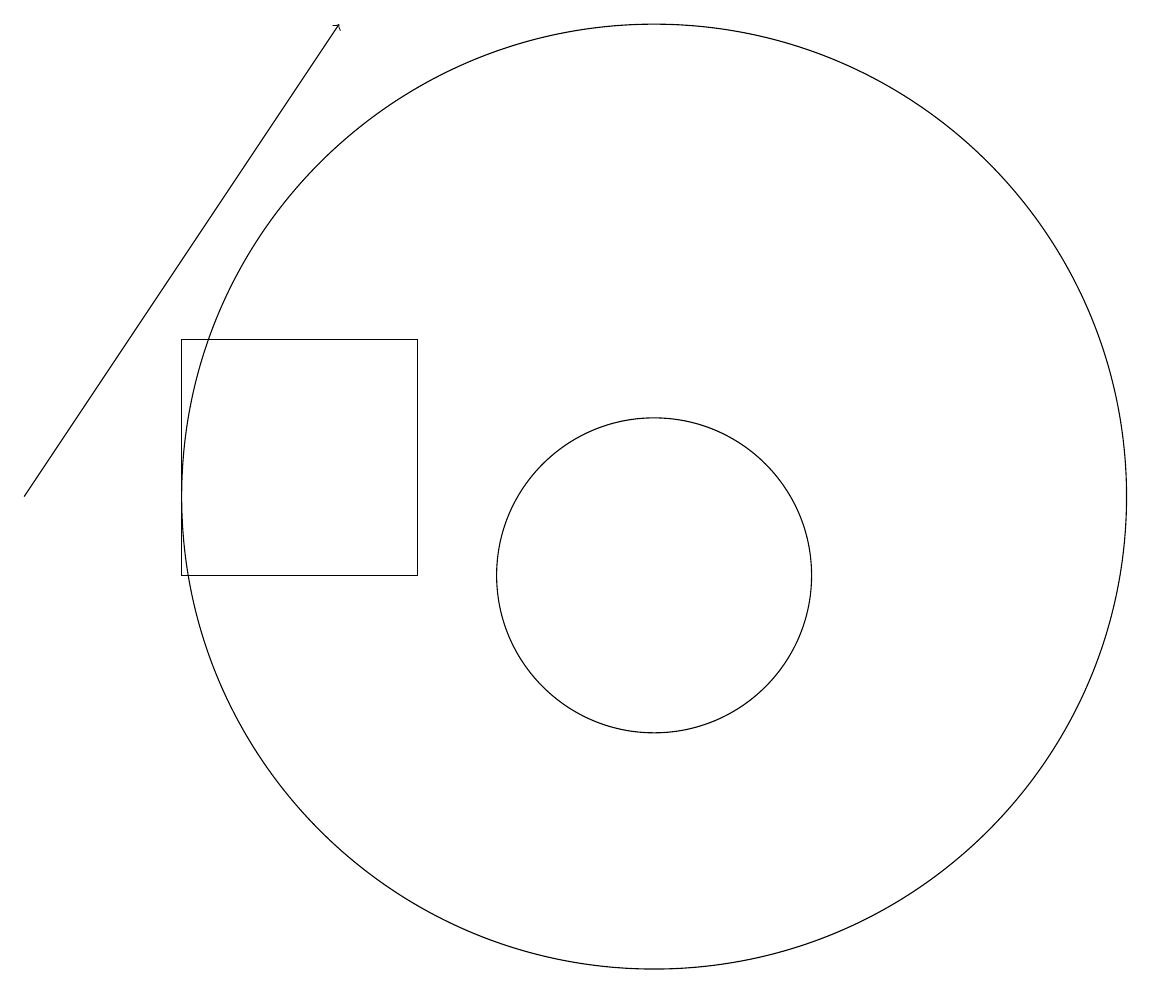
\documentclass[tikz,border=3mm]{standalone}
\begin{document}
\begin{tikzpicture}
\draw (6,11) rectangle (9,14);
\draw (12,12) circle (6);
\draw[->] (4,12) -- (8,18);
\draw (12,11) circle (2);
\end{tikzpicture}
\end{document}